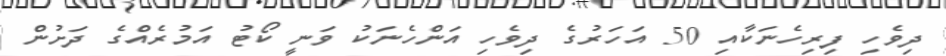
ދިވެހި ފިރިހެނަކާއި 50 އަހަރުގެ ދިވެހި އަންހެނަކު ވަނީ ކޯޓު އަމުރެއްގެ ދަށުން